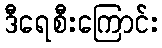
ဒီရေစီးကြောင်း